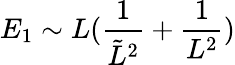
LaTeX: E_{1}\sim L(\frac{1}{\tilde{L}^{2}}+\frac{1}{L^{2}})